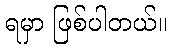
ရမှာ ဖြစ်ပါတယ်။